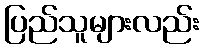
ပြည်သူများလည်း